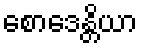
စောဒေန္တိယာ